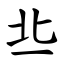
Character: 丠